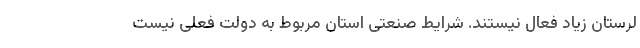
لرستان زیاد فعال نیستند. شرایط صنعتی استان مربوط به دولت فعلی نیست